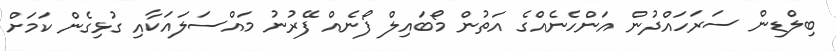
ބިލްޑިން ސަރަހައްދުން އަންހެނެއްގެ އަތުން މޯބައިލް ފޯނެއް ފޭރުނު މައްސަލައަކާއި ގުޅިގެން ކަމަށް